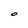
Character: O